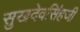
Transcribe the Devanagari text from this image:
सुखदेवसिंहजी